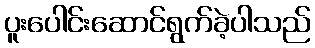
ပူးပေါင်းဆောင်ရွက်ခဲ့ပါသည်